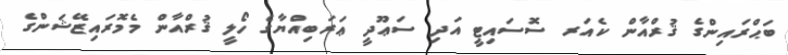
ބަޙްރައިންގެ ޤުރްއާން ކެއަރ ސޮސައިޓީ އަދި ސަޢޫދީ ޢަރަބިއްޔާގެ ހޯލީ ޤުރްއާން މެމޮރައިޒޭޝަންގެ